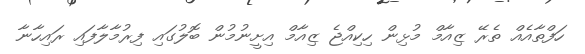
ހަފްތާއެއް ތެރޭ ޒިއާމް މުޅިން ހިކިއްޖެ ޒިއާމް އިށީނުމުން ބޮލުގައި ފިރުމާލާފައި ރައިހާނާ